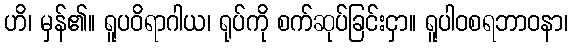
ဟိ၊ မှန်၏။ ရူပဝိရာဂါယ၊ ရုပ်ကို စက်ဆုပ်ခြင်းငှာ။ ရူပါဝစရဘာဝနာ၊